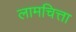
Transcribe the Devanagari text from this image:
लामचित्ता